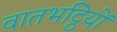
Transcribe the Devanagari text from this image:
वातभट्ठियों